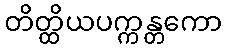
တိတ္ထိယပက္ကန္တကော